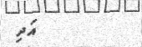
އަދި